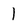
Character: 1